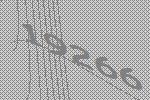
19266